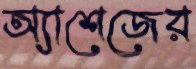
অ্যাশেজের